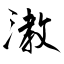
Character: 漖